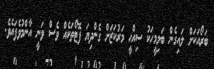
ބަރޯއަކަށް ލައިގެން ބަލިމީހަކު ސިއްޙީ މަރުކަޒަށް ގެންދިޔަ ފޮޓޯތަކެއް ވެސް ވަނީ އާންމުވެފައެވެ.